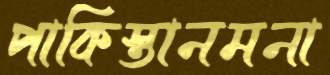
পাকিস্তানমনা